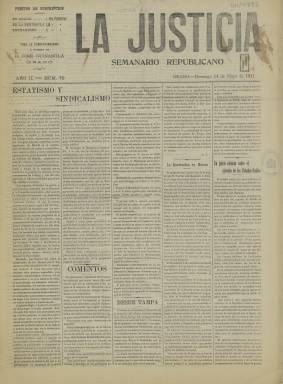
Título: La Justicia (Grado)
Colección: Periódicos
Ámbito geográfico: Asturias
Lugar de publicación: Grado [Asturias]
Fechas: 14/05/1911-14/05/1911